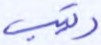
رتيب